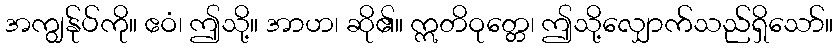
အကျွန်ုပ်ကို။ ဧဝံ၊ ဤသို့။ အာဟ၊ ဆို၏။ ဣတိဝုတ္တေ၊ ဤသို့လျှောက်သည်ရှိသော်။